Annual administration report of the Civil Veterinary Department, Ajmere-Merwara, British Rajputana - 1914-1940
Year: 1914
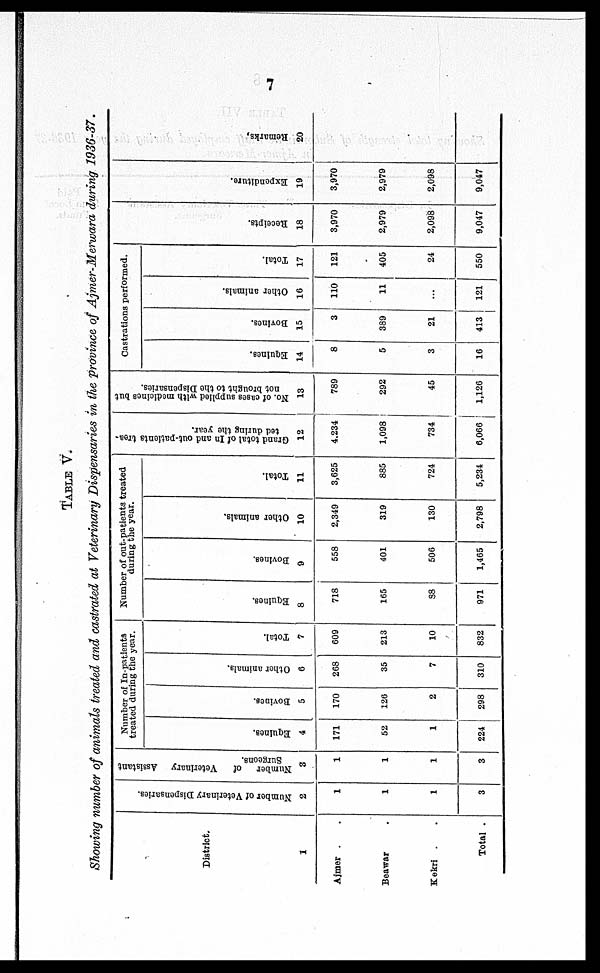
7
TABLE V.
Showing number of animals treated and castrated at Veterinary Dispensaries in the province of Ajmer-Merwara during 1936-37.
District.
1
Ajmer
Beawar .
Kekri .
Total .
Number of Veterinary Dispensaries.
2
1
1
1
3
Number of
Veterinary Assistant
Surgeons.
3
1
1
1
3
Number of In-patients
treated during the year.
Equities.
4
171
52
1
224
Bovines.
5
170
126
2
298
Other animals.
6
268
35
7
310
Total.
7
609
213
10
832
Number of out-patients treated
during the year.
Equines.
8
718
165
88
971
Bovines.
9
558
401
506
1,465
Other animals.
10
2,349
319
130
2,798
Total.
11
3,625
885
724
5,234
Grand total of In and out-patients trea-
ted during the year.
12
4,234
1,098
734
6,066
No. of cases supplied
with medicines but
not brought to the Dispensaries.
13
789
292
45
1,126
Castrations performed.
Equines.
14
8
5
3
16
Bovines.
15
3
389
21
413
Other animals.
16
110
11
...
121
Total.
17
121
405
24
550
Receipts.
18
3,970
2,979
2,098
9,047
Expenditure.
19
3,970
2,979
2,098
9,047
Remarks
20